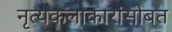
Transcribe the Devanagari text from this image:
नृत्यकलाकारांसोबत